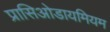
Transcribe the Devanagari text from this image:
प्रासिओडायमियम